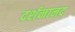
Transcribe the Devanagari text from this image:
दर्शनानद